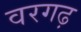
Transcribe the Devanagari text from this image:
वरगढ़